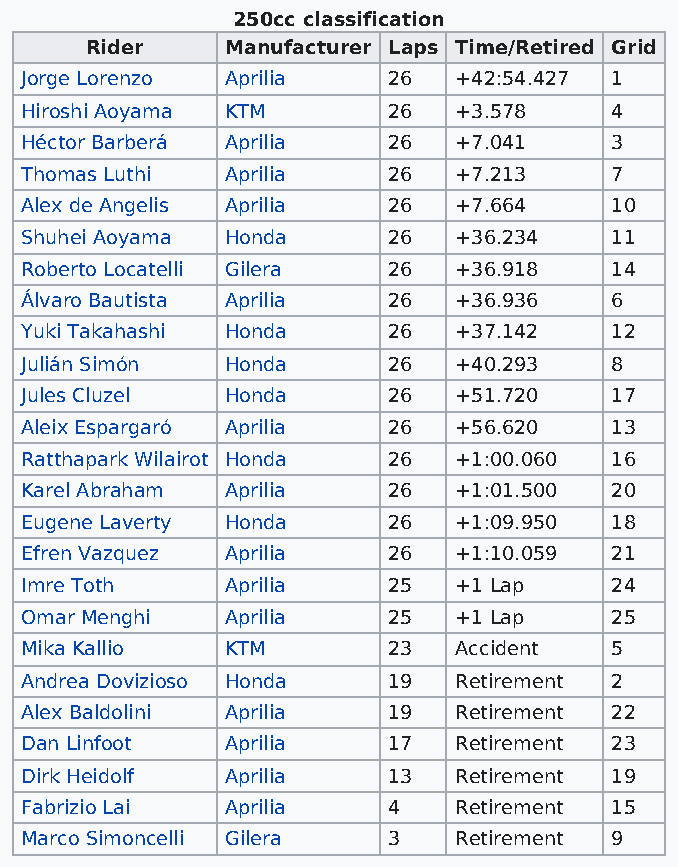
250cc classification
 Rider    Manufacturer Laps Time/Retired Grid
 Jorge Lorenzo Aprilia    26  +42:54.427 1
 Hiroshi Aoyama KTM       26  +3.578    4
 Héctor Barberá Aprilia   26  +7.041    3
 Thomas Luthi  Aprilia    26  +7.213    7
 Alex de Angelis Aprilia  26  +7.664    10
 Shuhei Aoyama Honda      26  +36.234   11
 Roberto Locatelli Gilera 26  +36.918   14
 Álvaro Bautista Aprilia  26  +36.936   6
 Yuki Takahashi Honda     26  +37.142   12
 Julián Simón  Honda      26  +40.293   8
 Jules Cluzel  Honda      26  +51.720   17
 Aleix Espargaró Aprilia  26  +56.620   13
 Ratthapark Wilairot Honda 26 +1:00.060 16
 Karel Abraham Aprilia    26  +1:01.500 20
 Eugene Laverty Honda     26  +1:09.950 18
 Efren Vazquez Aprilia    26  +1:10.059 21
 Imre Toth     Aprilia    25  +1 Lap    24
 Omar Menghi   Aprilia    25  +1 Lap    25
 Mika Kallio   KTM        23  Accident  5
 Andrea Dovizioso Honda   19  Retirement 2
 Alex Baldolini Aprilia   19  Retirement 22
 Dan Linfoot   Aprilia    17  Retirement 23
 Dirk Heidolf  Aprilia    13  Retirement 19
 Fabrizio Lai  Aprilia    4   Retirement 15
 Marco Simoncelli Gilera  3   Retirement 9